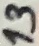
Text: 13